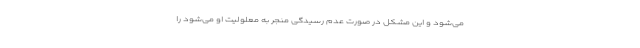
می‌شود و این مشکل در صورت عدم رسیدگی منجر به معلولیت او می‌شود را